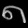
Digit: ၈